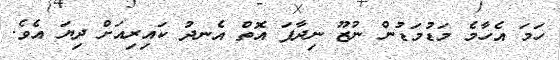
ހަމަ އެހާމެ މަޑުމަޑުން ނުޒޫ ނިދާފަ އޮތް އެނދު ކައިރިއަށް ދިޔަ އެވެ.